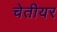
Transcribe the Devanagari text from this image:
चेतीयर